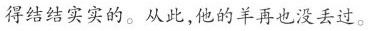
得结结实实的。从此，他的羊再也没丢过。